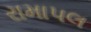
રામાપલ